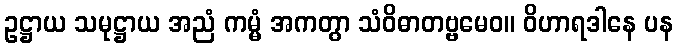
ဥဋ္ဌာယ သမုဋ္ဌာယ အညံ ကမ္မံ အကတွာ သံဝိဓာတဗ္ဗမေဝ။ ဝိဟာရဒါနေ ပန